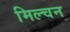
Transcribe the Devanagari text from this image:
मिल्चन